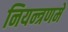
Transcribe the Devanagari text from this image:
नियन्त्रणमे